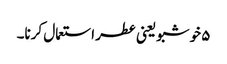
۵ خوشبو یعنی عطر استعمال کرنا۔